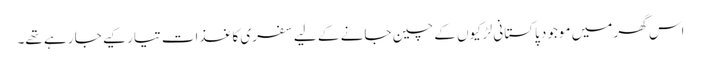
اس گھر میں موجود پاکستانی لڑکیوں کے چین جانے کے لیے سفری کاغذات تیار کیے جا رہے تھے۔